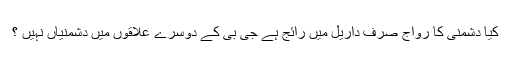
کیا دشمنی کا رواج صرف داریل میں رائج ہے جی بی کے دوسرے علاقوں میں دشمنیاں نہیں ؟